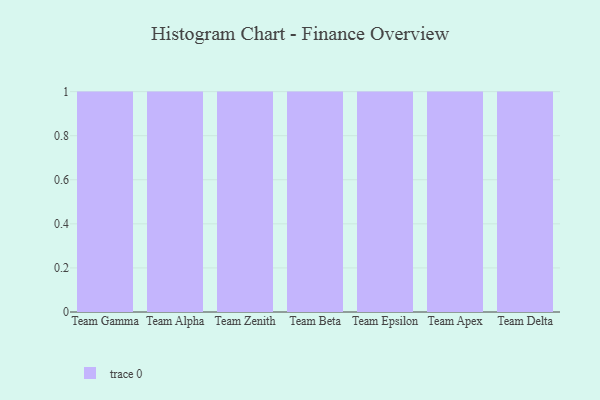
{"axis": {"x": "Team", "y": "Gross Profit (USD K)"}, "legend": [""], "data": [{"x": "Team Gamma", "y": 66, "type": ""}, {"x": "Team Alpha", "y": 66, "type": ""}, {"x": "Team Zenith", "y": 47, "type": ""}, {"x": "Team Beta", "y": 12, "type": ""}, {"x": "Team Epsilon", "y": 50, "type": ""}, {"x": "Team Apex", "y": 54, "type": ""}, {"x": "Team Delta", "y": 56, "type": ""}]}